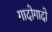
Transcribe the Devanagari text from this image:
गादोगादो